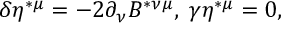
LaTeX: \delta \eta ^ { * \mu } = - 2 \partial _ { \nu } B ^ { * \nu \mu } , \; \gamma \eta ^ { * \mu } = 0 ,